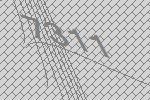
7311